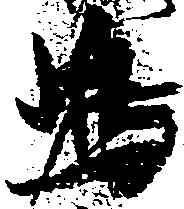
嶋